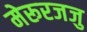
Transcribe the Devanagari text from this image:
मेरूरजजु